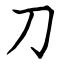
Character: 刀